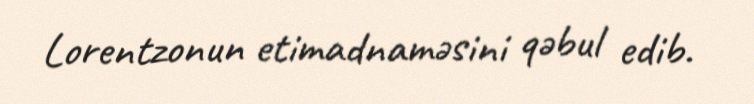
Lorentzonun etimadnaməsini qəbul edib.